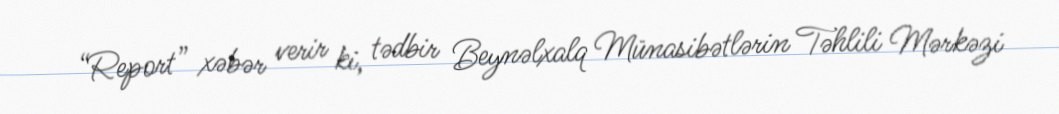
“Report” xəbər verir ki, tədbir Beynəlxalq Münasibətlərin Təhlili Mərkəzi